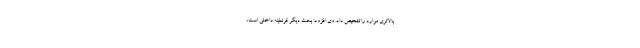
بالاتری موارد را تشخیص داد. وی افزود: بحث دیگر قرنطینه داخلی است،